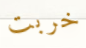
خربت